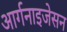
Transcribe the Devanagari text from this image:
आर्गनाइजेसन